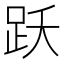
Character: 跃